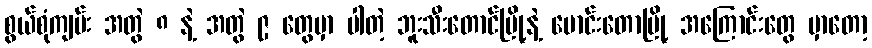
စွယ်စုံကျမ်း အတွဲ ၈ နဲ့ အတွဲ ၉ တွေမှာ ပါတဲ့ ဘူးသီးတောင်မြို့နဲ့ မောင်းတောမြို့ အကြောင်းတွေ မှာတော့